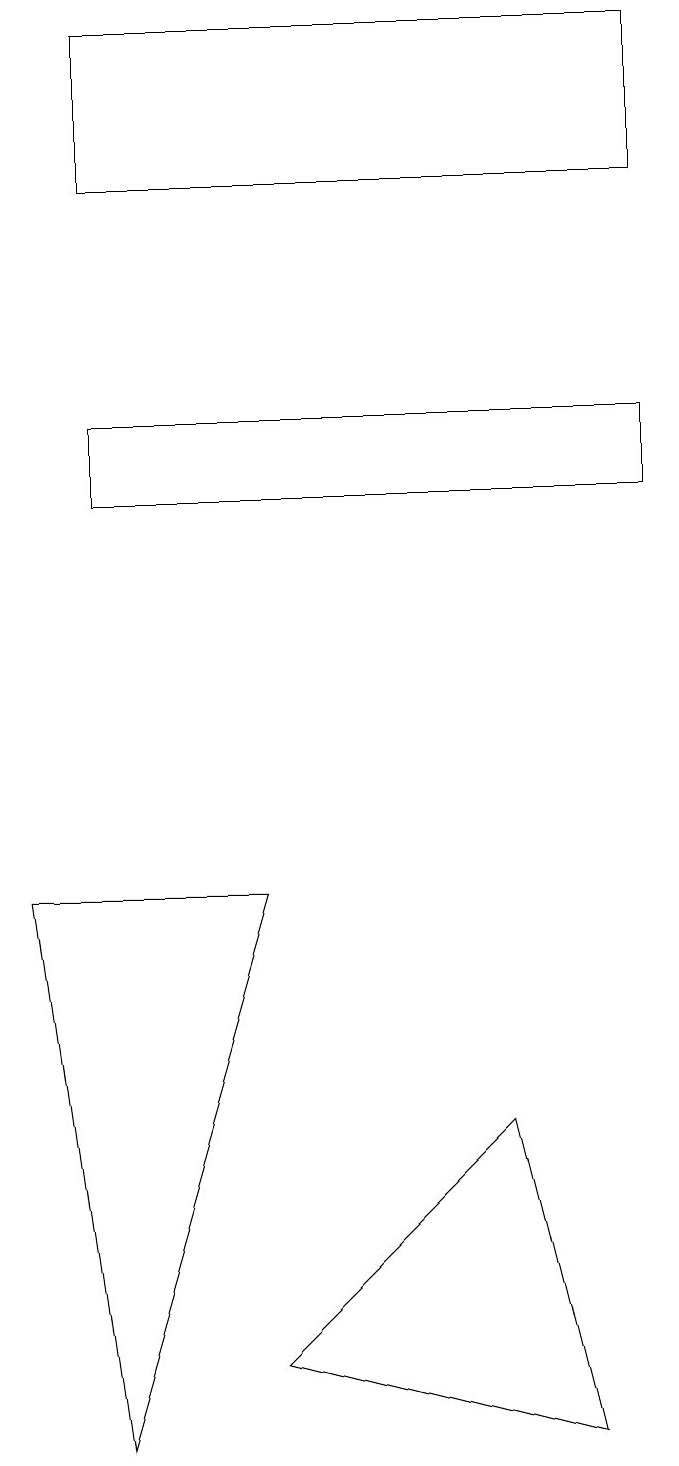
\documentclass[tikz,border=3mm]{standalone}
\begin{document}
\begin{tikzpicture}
\draw (2,12) rectangle (9,13);
\draw (9,18) rectangle (2,16);
\draw (7,4) -- (4,1) -- (8,0) -- cycle;
\draw (1,7) -- (4,7) -- (2,0) -- cycle;
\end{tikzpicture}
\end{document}